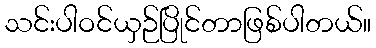
သင်းပါဝင်ယှဉ်ပြိုင်တာဖြစ်ပါတယ်။